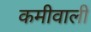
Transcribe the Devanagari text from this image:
कमीवाली